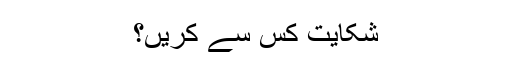
شکایت کس سے کریں؟